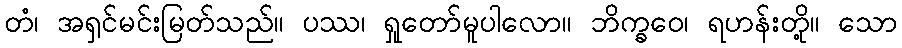
တံ၊ အရှင်မင်းမြတ်သည်။ ပဿ၊ ရှုတော်မူပါလော။ ဘိက္ခဝေ၊ ရဟန်းတို့။ သော